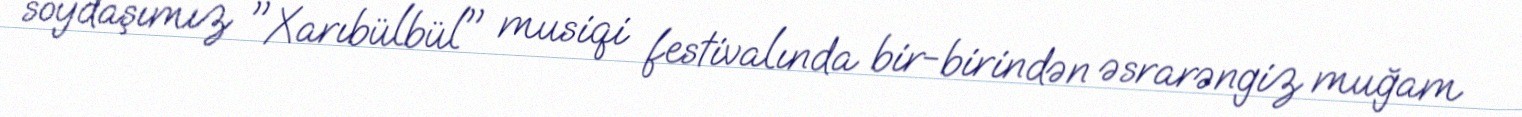
soydaşımız "Xarıbülbül" musiqi festivalında bir-birindən əsrarəngiz muğam